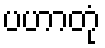
ပဟာတုံ